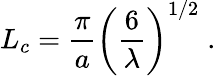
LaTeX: L_{c}=\frac{\pi}{a}\left(\frac{6}{\lambda}\right)^{1/2}\; .